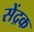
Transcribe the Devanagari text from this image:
सेंद्रक